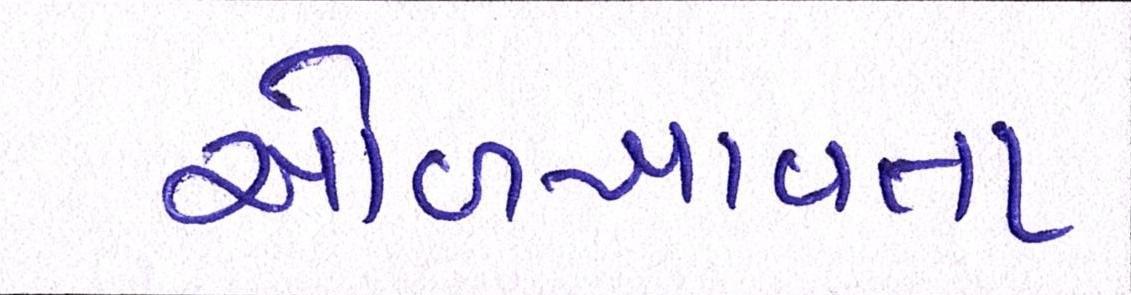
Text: ઓળખાવતા